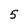
Character: 5